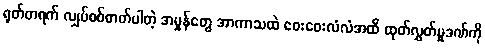
ရုတ်တရက် လျှပ်စစ်ဓာတ်ပါတဲ့ အမှုန်တွေ အာကာသထဲ ဝေးဝေးလံလံအထိ ထုတ်လွှတ်မှုဒဏ်ကို